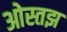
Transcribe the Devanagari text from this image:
ओस्तझ